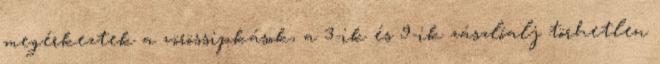
megérkeztek a vörössipkások, a 3-ik és 9-ik zászlóalj törhetlen